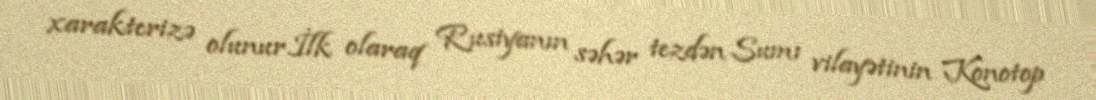
xarakterizə olunur.İlk olaraq Rusiyanın səhər tezdən Sumı vilayətinin Konotop